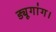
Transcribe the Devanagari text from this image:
ड्यूगांग।